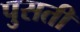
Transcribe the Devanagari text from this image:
पुसती